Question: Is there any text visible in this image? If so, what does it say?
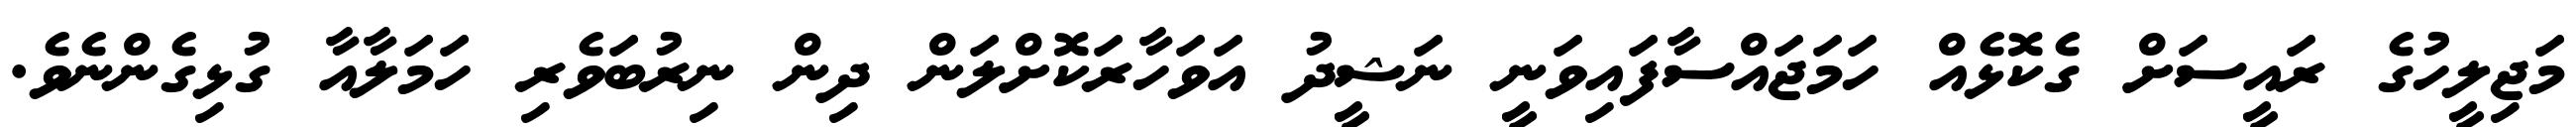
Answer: މަޖިލީހުގެ ރައީސަށް ގެކޮޅެއް ހަމަޖައްސާފައިވަނީ ނަޝީދު އަވަހާރަކޮށްލަން ދިން ނިރުބަވެރި ހަމަލާއާ ގުޅިގެންނެވެ.